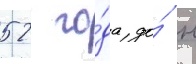
52 го́да до́ н